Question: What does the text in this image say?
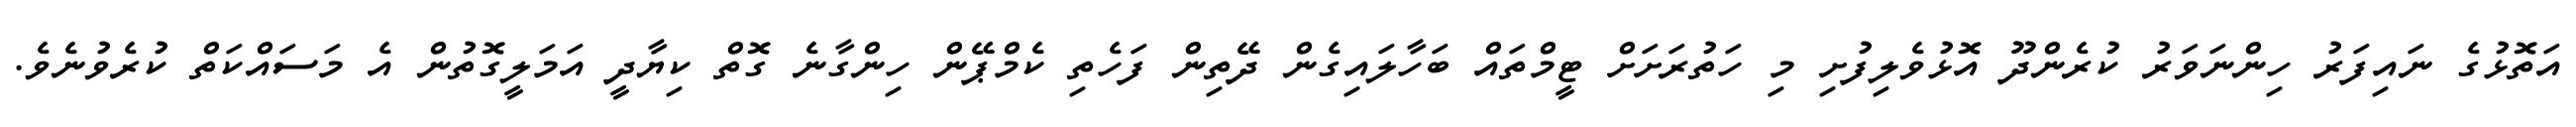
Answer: އަތޮޅުގެ ނައިފަރު ހިންނަވަރު ކުރެންދޫ އޮޅުވެލިފުށި މި ހަތުރަށަށް ޓީމްތައް ބަހާލައިގެން ދޭތިން ފަހެތި ކެމްޕޭން ހިންގާނެ ގޮތް ކިޔާދީ އަމަލީގޮތުން އެ މަސައްކަތް ކުރެވުނެވެ.